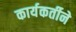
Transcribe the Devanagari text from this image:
कार्यकर्तीने